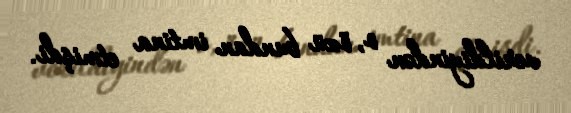
verildiyindən o, özü bundan imtina etmişdi.